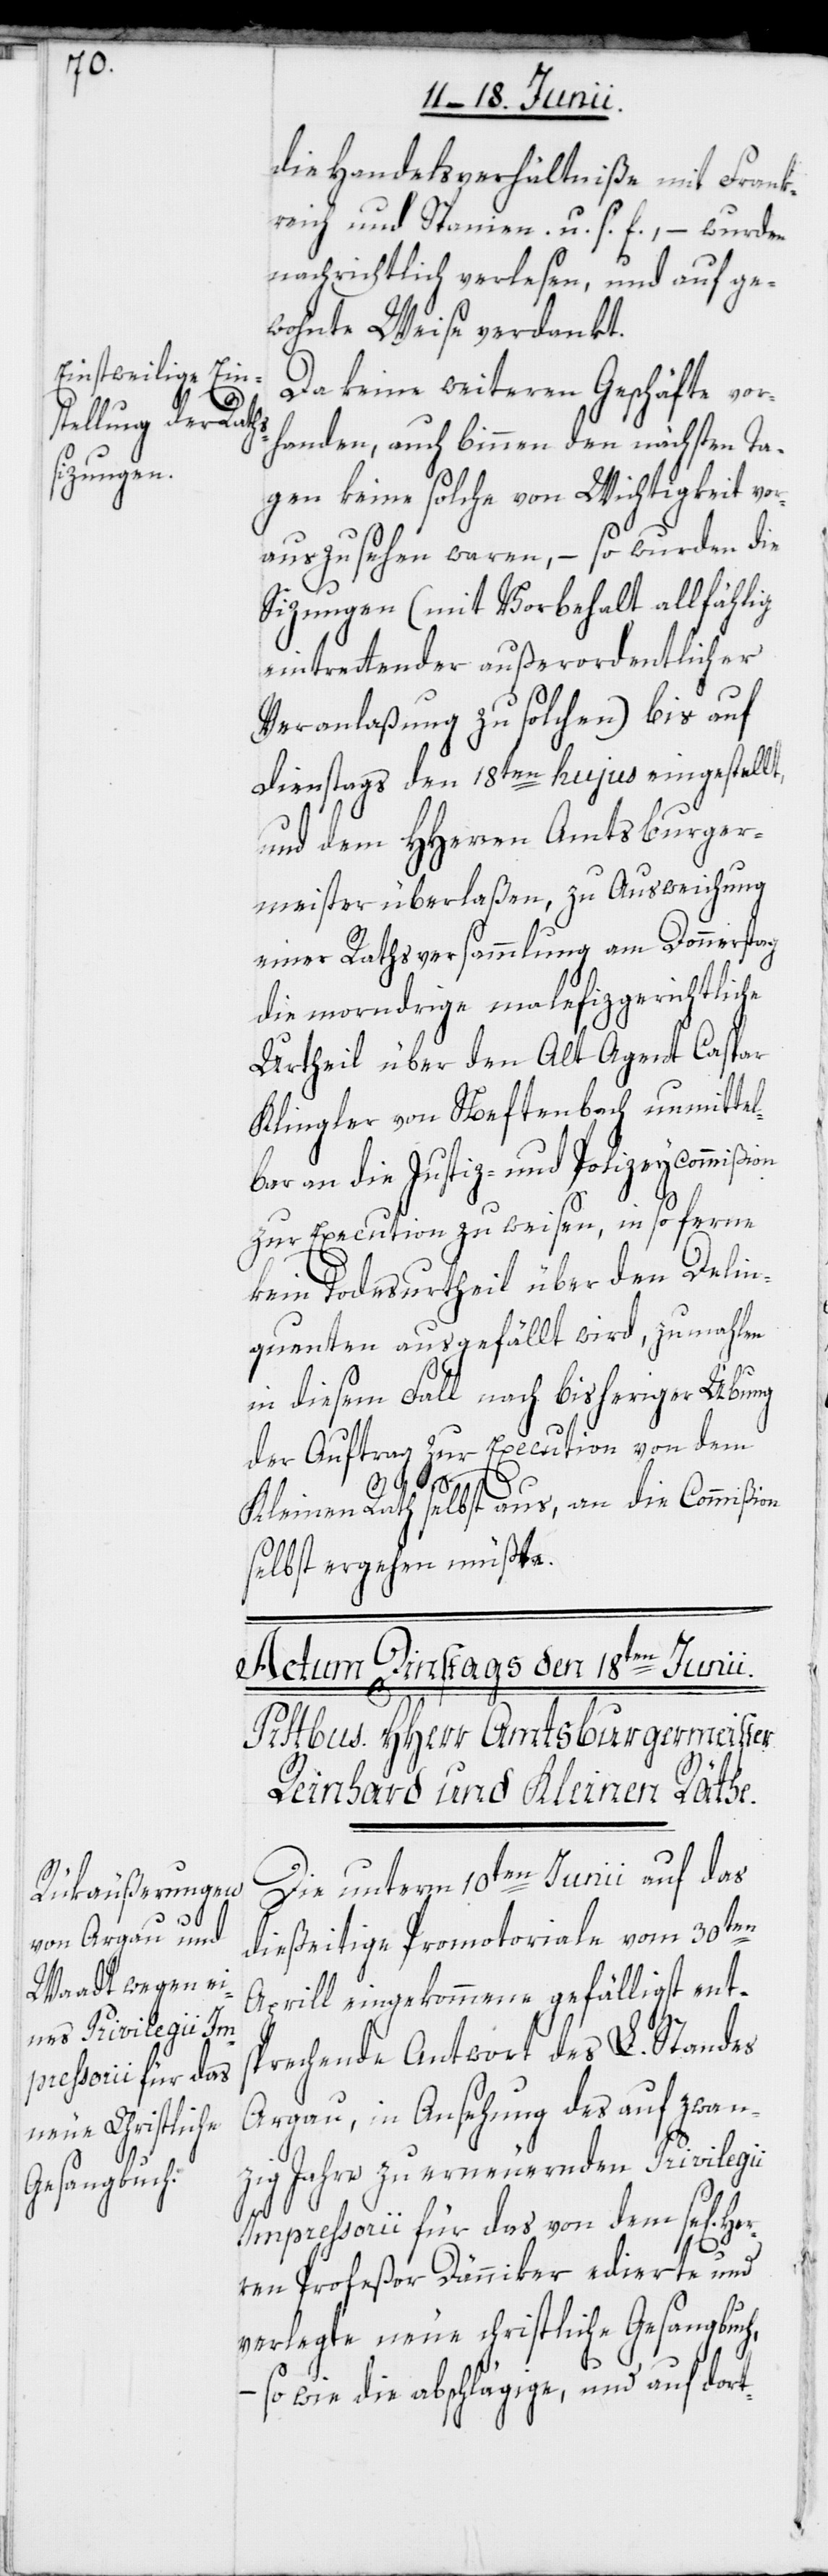
die Handelsverhältniße mit Frank¬
reich und Spanien u. s. f., – wurden
nachrichtlich verlesen, und auf ge¬
wohnte Weise verdankt.
Da keine weiteren Geschäfte vor¬
handen, auch binnen den nächsten Ta¬
gen keine solche von Wichtigkeit vo¬
rauszusehen waren, – so wurden die
Sizungen (mit Vorbehalt allfählig
eintrettender außerordentlicher
Veranlaßung zu solchen) bis auf
Dienstags den 18ten hujus eingestellt,
und dem HHerren Amtsburger¬
meister überlaßen, zu Ausweichung
einer Rathsversammlung am Donnerstag
die morndrige malefizgerichtliche
Urtheil über den Alt Agent Caspar
Klingler von Neftenbach unmittel¬
bar an die Justiz- und Polizeycommißion
zur Execution zu weisen, in so ferne
kein Todesurtheil über den Delin¬
quenten ausgefällt wird, zumahlen
in diesem Fall nach bisheriger Übung
der Auftrag zur Execution von dem
n]
Kleinen Rath selbst aus, an die Commißion
selbst ergehen müßte.
Die unterm 10ten Junii auf das
dießeitige Promotoriale vom 30ten
Aprill eingekommene gefälligst ent¬
sprechende Antwort des L. Standes
Argau, in Ansehung des auf zwan¬
zig Jahre zu erneuernden Priviliegii
Her¬
Impressorii für das von dem se[lige¬
ren Profeßor Dänniker edierte und
verlegte neue christliche Gesangbuch,
so wie die abschlägige, und auf dort-